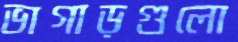
ভাগাড়গুলো